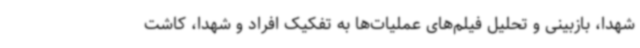
شهدا، بازبینی و تحلیل فیلم‌های عملیات‌ها به تفکیک افراد و شهدا، کاشت